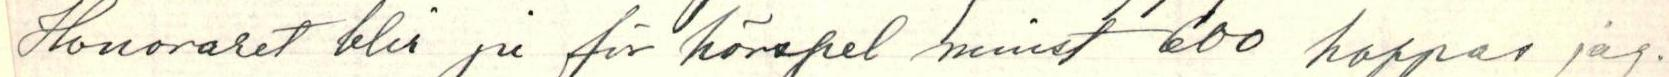
Honovaret bli ju för hörspel minst 600 hoppas jag.